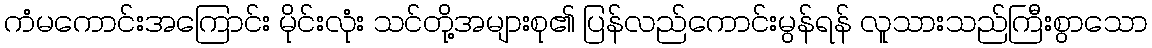
ကံမကောင်းအကြောင်း မိုင်းလုံး သင်တို့အများစု၏ ပြန်လည်ကောင်းမွန်ရန် လူသားသည်ကြီးစွာသော